Report of the King Institute of Preventive Medicine, Guindy
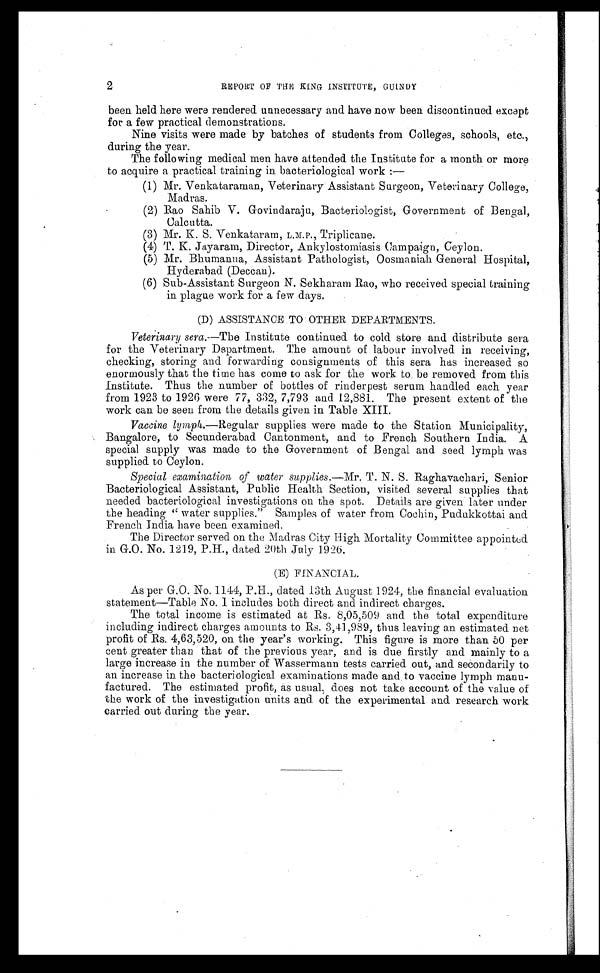
2
REPORT OF THE KING INSTITUTE, GUINDY
been held here were rendered unnecessary and have now been discontinued except
for a few practical demonstrations.
Nine visits were made by batches of students from Colleges, schools, etc.,
during the year.
The following medical men have attended the Institute for a month or more
to acquire a practical training in bacteriological work
:—
(1) Mr. Venkataraman, Veterinary Assistant Surgeon, Veterinary College,
Madras.
(2) Rao Sahib V. Govindaraju, Bacteriologist, Government of Bengal,
Calcutta.
(3) Mr. K. S. Venkataram, L. M. P., Triplicane.
(4) T. K. Jayaram, Director, Ankylostomiasis Campaign, Ceylon.
(5) Mr. Bhumanna, Assistantw Pathologist, Oosmaniah General Hospital,
Hyderabad (Deccan).
(6) Sub-Assistant Surgeon N. Sekharam Rao, who received special training
in plague work for a few days.
(D) ASSISTANCE TO OTHER DEPARTMENTS.
Veterinary sera.-—The Institute continued to cold store and distribute sera
for the Veterinary Department. The amount of labour involved in receiving,
checking, storing and forwarding consignments of this sera has increased so
enormously that the time has come to ask for the work to be removed from this
institute. Thus the number of bottles of rinderpest serum handled each year
from 1923 to 1926 were 77, 332, 7,793 and 12,881. The present extent of the
work can be seen from the details given in Table XIII.
Vaccine lymph.—Regular supplies were made to the Station Municipality,
Bangalore, to Secunderabad Cantonment, and to French Southern India. A
special supply was made to the Government of Bengal and seed lymph was
supplied to Ceylon.
Special examination of water supplies .— Mr. T. N. S. Raghavachari, Senior
Bacteriological Assistant, Public Health Section, visited several supplies that
needed bacteriological investigations on the spot. Details are given later under
the heading "water supplies." Samples of water from Cochin, Pudukkottai and
French India have been examined.
The Director served on the Madras City High Mortality Committee appointed
in. G.O. No. 1219, P.H., dated 20th July 1926.
(E) FINANCIAL.
As per G.O. No. 1144, P.H., dated 13th August 1924, the financial evaluation
statement—Table No. I includes both direct and indirect charges.
The total income is estimated at Rs. 8,05,509 and the total expenditure
including indirect charges amounts to Rs. 3,41,989, thus leaving an estimated net
profit of Rs. 4,63,520, on the year's working. This figure is more than 50 per
cent greater than that of the previous year, and is due firstly and mainly to a
large increase in the number of Wassermann tests carried out, and secondarily to
an increase in the bacteriological examinations made and to vaccine lymph manu
- factured. The estimated profit, as usual, does not take account of the value of
the work of the investigation units and of the experimental and research work
carried out during the year.